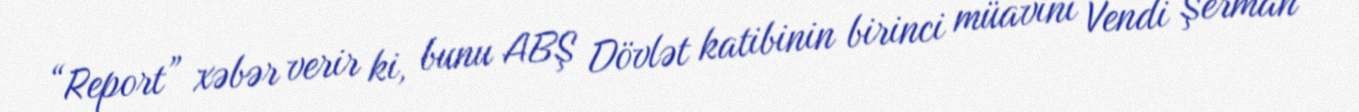
“Report” xəbər verir ki, bunu ABŞ Dövlət katibinin birinci müavini Vendi Şerman